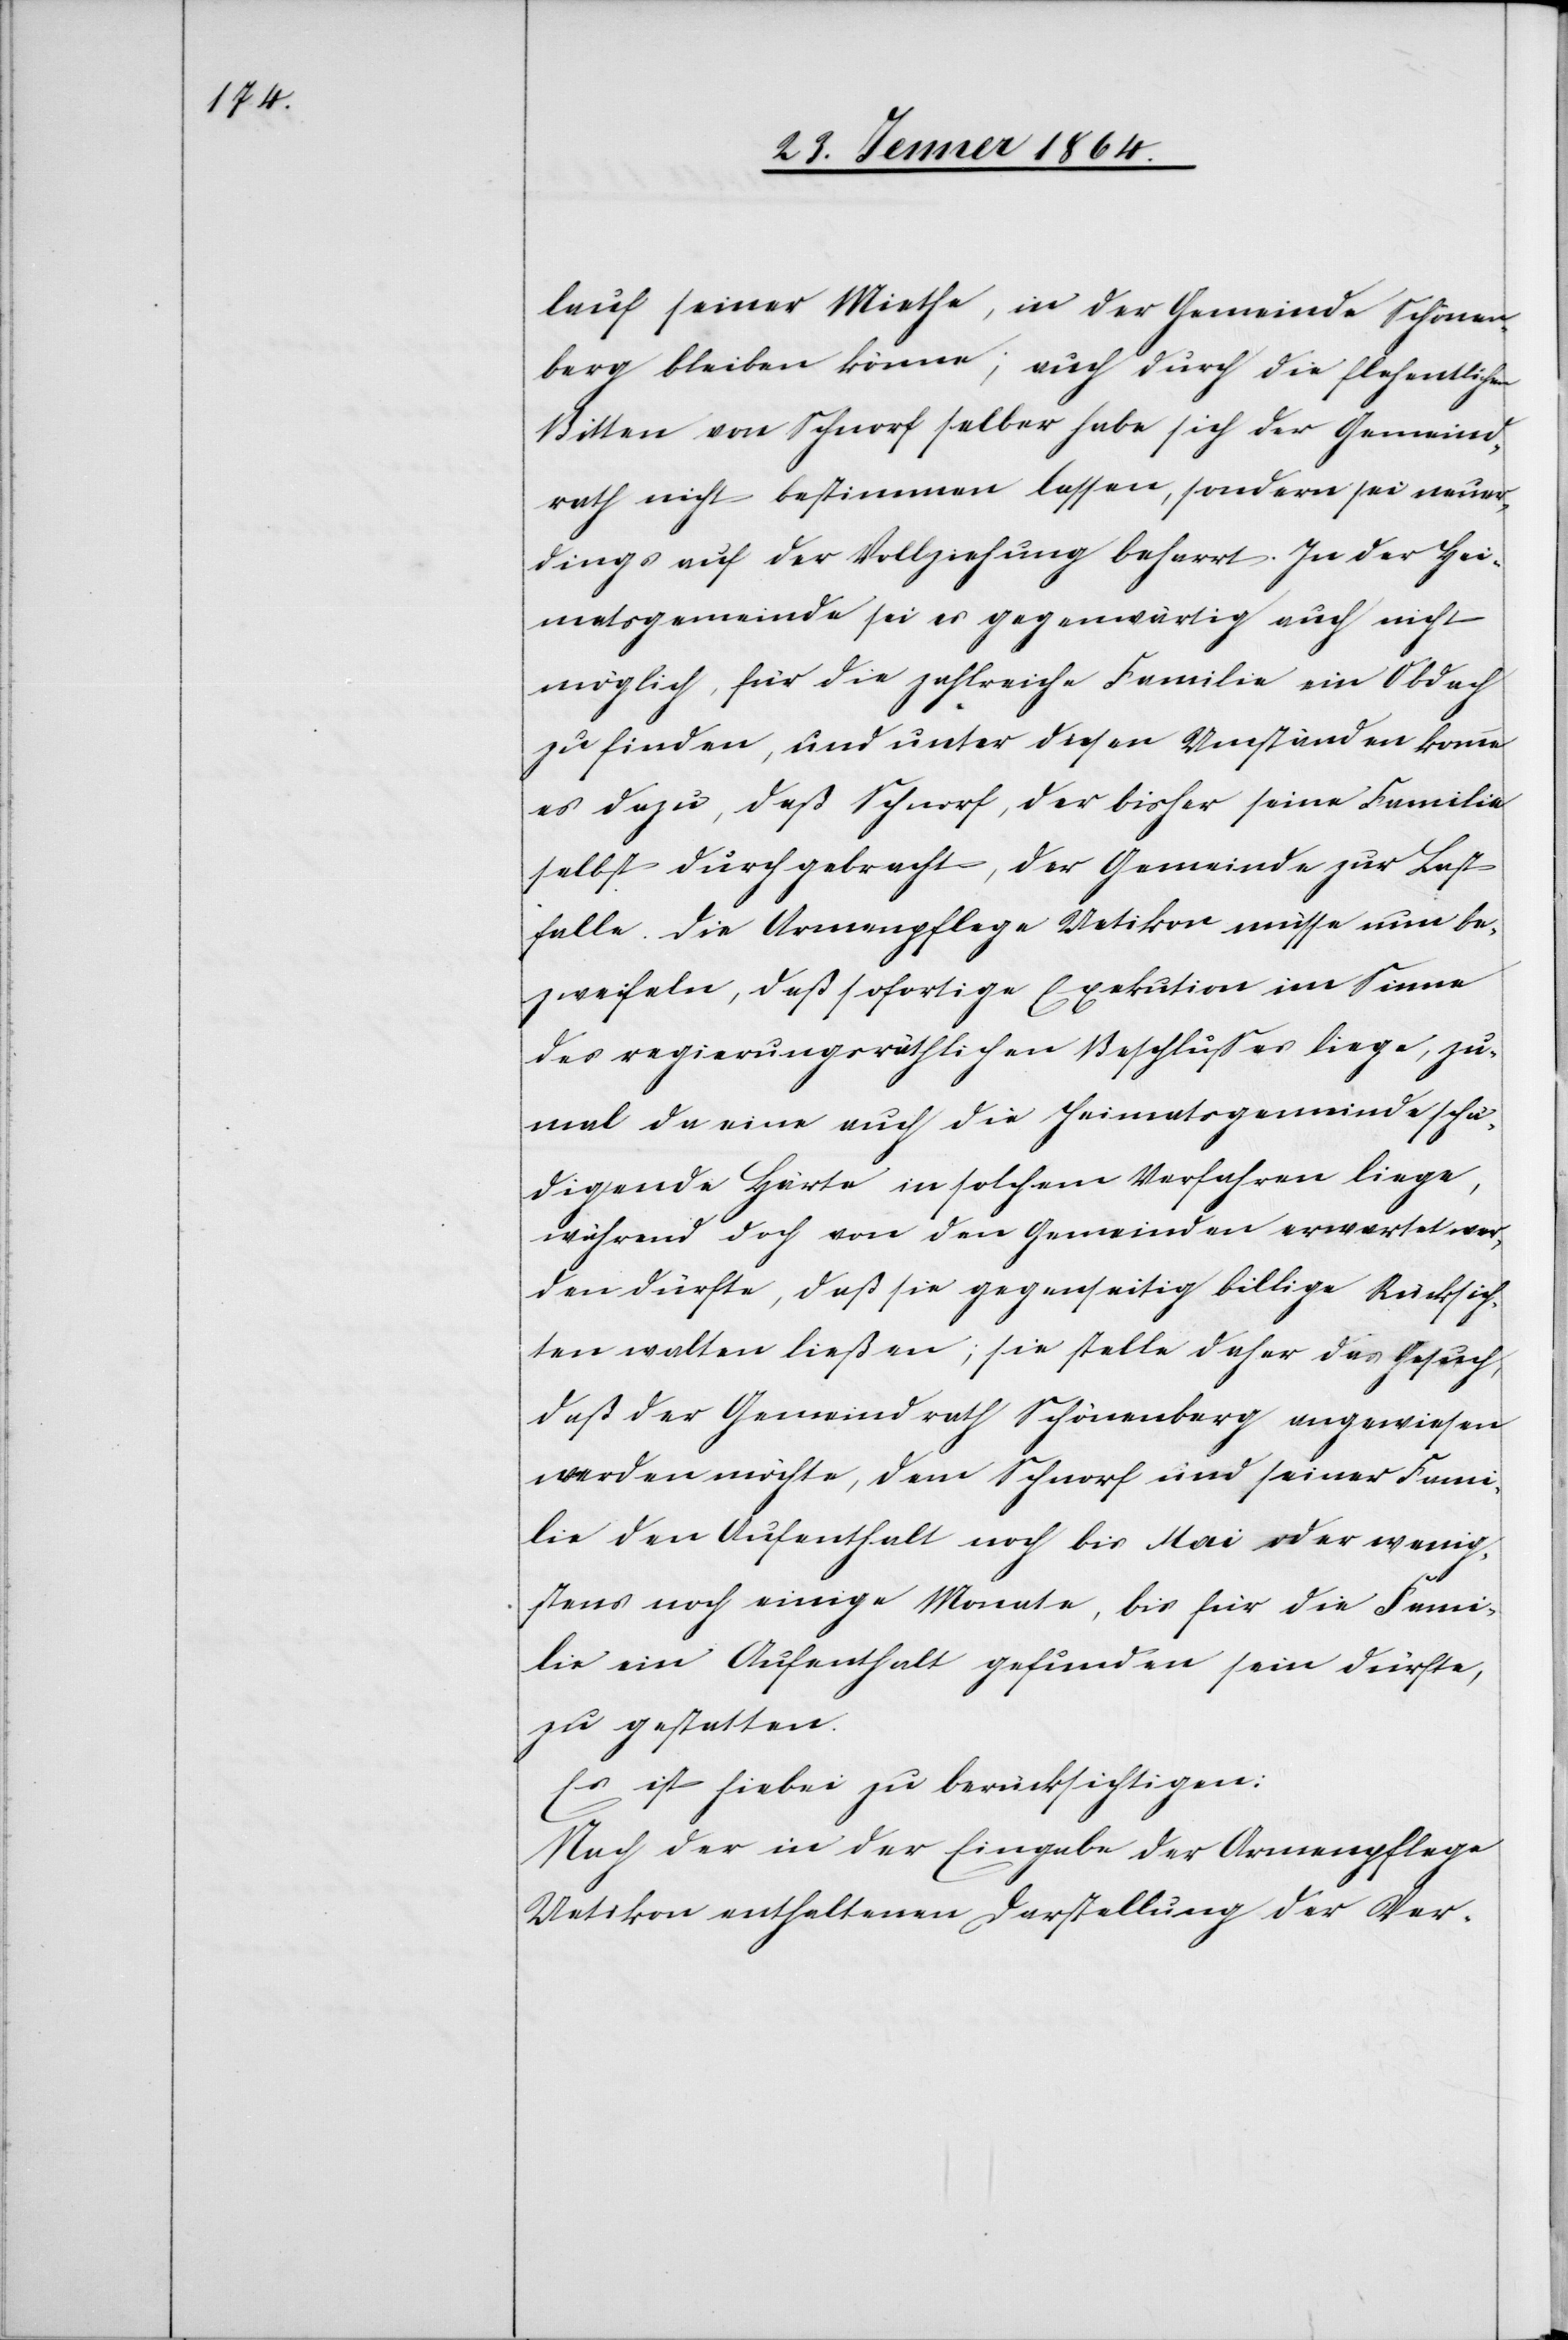
lauf einer Miethe, in der Gemeinde Schönen¬
berg bleiben könne; auch durch die flehentlichen
Bitten von Schnorf selber habe sich der Gemeind¬
rath nicht bestimmen lassen, sondern sei neuer¬
dings auf der Vollziehung beharrt. In der Hei¬
matsgemeinde sei es gegenwärtig auch nicht
möglich, für die zahlreiche Familie ein Obdach
zu finden, und unter diesen Umständen komme
es dazu, daß Schnorf, der bisher seine Familie
selbst durchgebracht, der Gemeinde zur Last
falle. Die Armenpflege Uetikon müsse nun be¬
zweifeln, daß sofortige Exekution im Sinne
des regierungsräthlichen Beschlusses liege, zu¬
mal da eine auch die Heimatsgemeinde schä¬
digende Härte in solchem Verfahren liege,
während doch von den Gemeinden erwartet wer¬
den dürfte, daß sie gegenseitig billige Rücksich¬
ten walten ließen; sie stelle daher das Gesuch,
daß der Gemeindrath Schönenberg angewiesen
werden möchte, dem Schnorf und seiner Fami¬
lie den Aufenthalt noch bis Mai oder wenig¬
stens noch einige Monate, bis für die Fami¬
lie ein Aufenthalt gefunden sein dürfte,
zu gestatten.
Es ist hiebei zu berücksichtigen:
Nach der in der Eingabe der Armenpflege
Uetikon enthaltenen Darstellung der Ver-